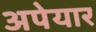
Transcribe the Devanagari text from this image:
अपेयार